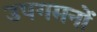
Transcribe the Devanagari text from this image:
उपगमनों